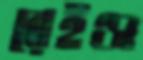
রেইঞ্জ